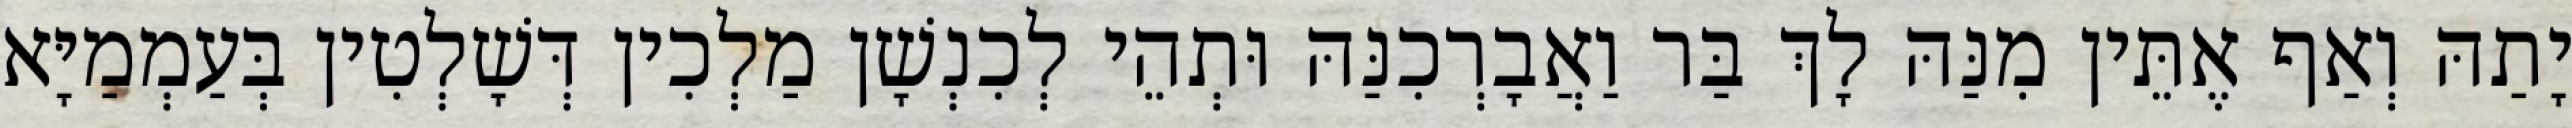
יָתַהּ וְאַף אֶתֵּין מִנַּהּ לָךְ בַּר וַאֲבָרְכִנַּהּ וּתְהֵי לְכִנְשָׁן מַלְכִין דְּשָׁלְטִין בְּעַמְמַיָּא